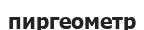
пиргеометр